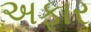
અફાર